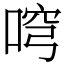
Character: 𠶥